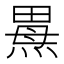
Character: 𰟌